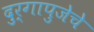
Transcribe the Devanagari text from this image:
दुर्गापुजेचे